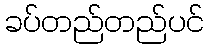
ခပ်တည်တည်ပင်